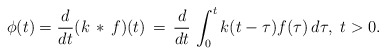
\begin{align*}\phi(t) = \frac{d}{dt} (k\, *\, f)(t) \, = \, \frac{d}{dt}\, \int_0^t k(t-\tau)f(\tau)\, d\tau,\ t>0.\end{align*}